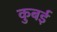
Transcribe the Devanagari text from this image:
कुबई